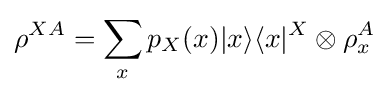
\rho ^{XA}=\sum _{x}p_{X}(x)\vert x\rangle \langle x\vert ^{X}\otimes \rho _{x}^{A}